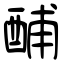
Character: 酺